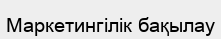
Маркетингілік бақылау